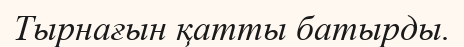
Тырнағын қатты батырды.